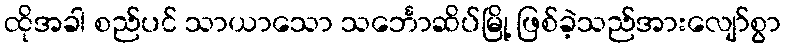
ထိုအခါ စည်ပင် သာယာသော သင်္ဘောဆိပ်မြို့ ဖြစ်ခဲ့သည်အားလျော်စွာ